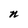
Character: n